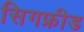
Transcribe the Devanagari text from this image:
सिगफ्रीड